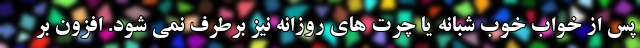
پس از خواب خوب شبانه یا چرت های روزانه نیز برطرف نمی شود. افزون بر